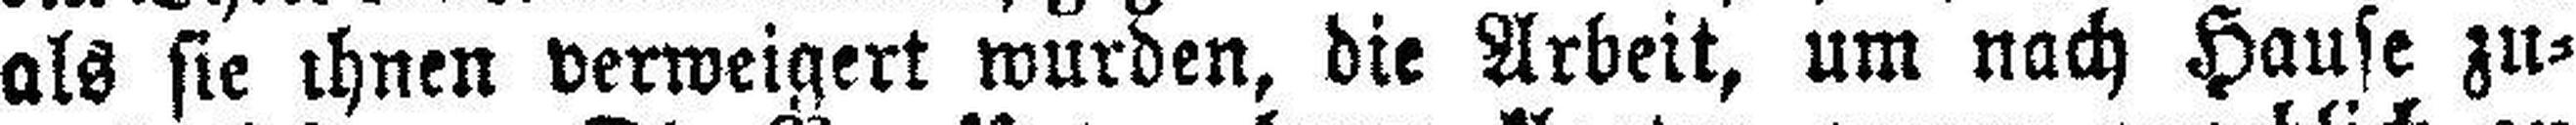
als sie ihnen verweigert wurden, die Arbeit, um nach Hause zu¬